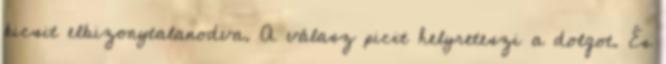
kicsit elbizonytalanodva. A válasz picit helyreteszi a dolgot. És